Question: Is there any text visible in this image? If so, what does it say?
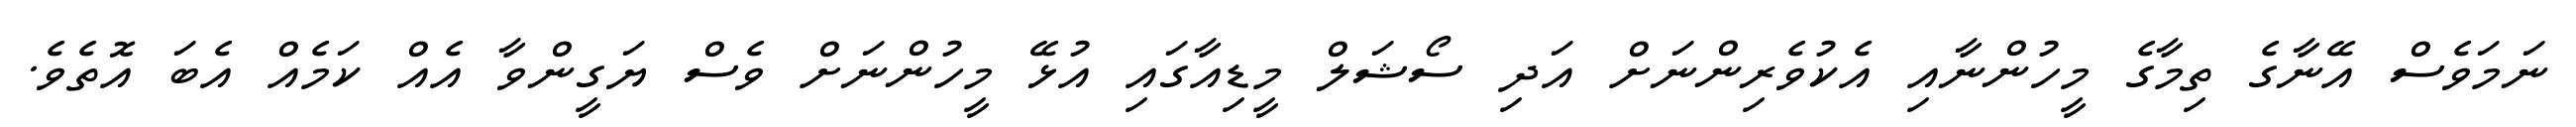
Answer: ނަމަވެސް އޭނާގެ ތިމާގެ މީހުންނާއި އެކުވެރިންނަށް އަދި ސޯޝަލް މީޑިއާގައި އުޅޭ މީހުންނަށް ވެސް ޔަގީންވާ އެއް ކަމެއް އެބަ އޮތެވެ.